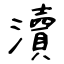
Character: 瀆